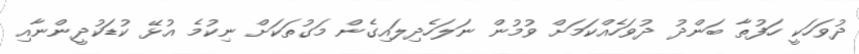
ދުވަހަކީ ހަފުތާ ބަންދު ދުވަހެއްކަމަށް ވުމުން ނަލަހެދިލައިގެން މަގުތަކަށް ނިކުމެ އުޅޭ ކުޑަކުދީންނާއި